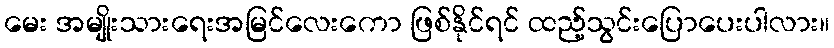
မေး အမျိုးသားရေးအမြင်လေးကော ဖြစ်နိုင်ရင် ထည့်သွင်းပြောပေးပါလား။